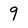
Character: 9